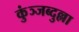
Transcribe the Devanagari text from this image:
कुंञ्जब्दुल्ला